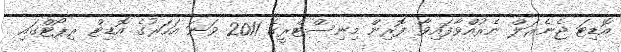
އޮޑިޓަ ޖެނެރަލް ނެރުއްވާފައިވާ ފޮރިން މިނިސްޓްރީގެ 2011 ވަނަ އަހަރުގެ އޮޑިޓް ރިޕޯޓްގައި